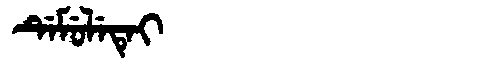
Manchu: ᡩᡝᠮᡠᠯᡝᡨᡝᡳ
Romanization: DEMULETEI